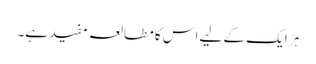
ہر ایک کے لیے اس کا مطالعہ مفید ہے۔